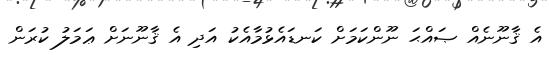
އެ ޤާނޫނެއް ޞައްޙަ ނޫންކަމަށް ކަނޑައެޅުމާއެކު އަދި އެ ޤާނޫނަށް ޢަމަލު ކުރަން